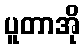
ပူတာအို